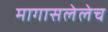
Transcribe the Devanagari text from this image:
मागासलेलेच